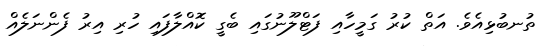
ތުނބުޅިއެވެ. އަތް ކުރު ގަމީހާއި ފަޓްލޫނުގައި ބެގީ ކޮއްލާފައި ހުރި އިރު ފެންނަލެއް